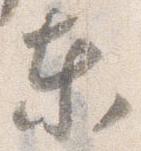
東